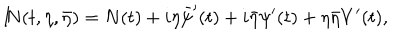
{ I \! \! N } ( t , \eta , \bar { \eta } ) = N ( t ) + i \eta \bar { \psi } ^ { \prime } ( t ) + i \bar { \eta } \psi ^ { \prime } ( t ) + \eta \bar { \eta } V ^ { \prime } ( t ) ,